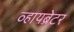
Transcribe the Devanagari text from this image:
व्हायब्रेटर